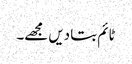
ٹائم بتا دیں مجھے۔